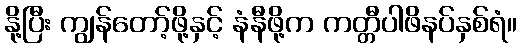
နို့ပြီး ကျွန်တော့်ဖို့နှင့် နံနီဖို့က ကတ္တီပါဖိနပ်နှစ်ရံ။